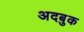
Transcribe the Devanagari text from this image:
अदबुक